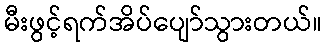
မီးဖွင့်ရက်အိပ်ပျော်သွားတယ်။